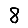
Digit: 8